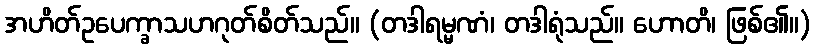
အဟိတ်ဥပေက္ခာသဟဂုတ်စိတ်သည်။ (တဒါရမ္မဏံ၊ တဒါရုံသည်။ ဟောတိ၊ ဖြစ်၏။)